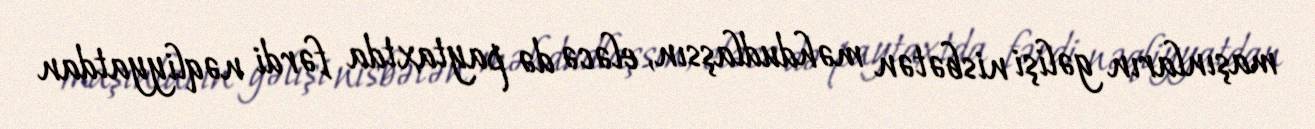
maşınların gəlişi nisbətən məhdudlaşsın, eləcə də paytaxtda fərdi nəqliyyatdan